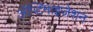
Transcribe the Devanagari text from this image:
ॲप्टिमाइजेशन